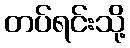
တပ်ရင်းသို့